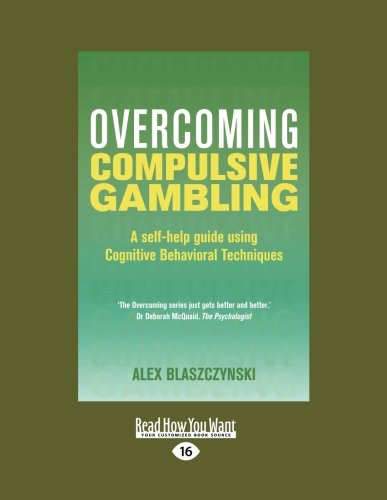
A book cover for Overcoming Compulsive Gambling: A Self-help Guide Using Cognitive Behavioral Techniques; Alex Blaszczynski; Health, Fitness & Dieting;